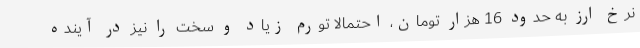
نرخ ارز به حدود 16 هزار تومان، احتمالا تورم زیاد و سخت را نیز در آینده